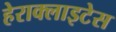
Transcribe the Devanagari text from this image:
हेराक्लाइटेस